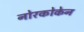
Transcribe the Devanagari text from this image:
नोरकोकेन